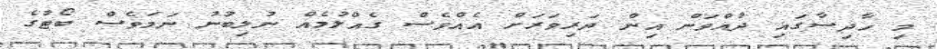
މި ހާދިސާގައި ދުއްވަން އިން ދަރިވަރަށް އެއްވެސް ގެއްލުމެއް ނުލިބުނު ނަމަވެސް ބޯޓުގެ